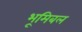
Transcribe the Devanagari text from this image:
भूमिबल